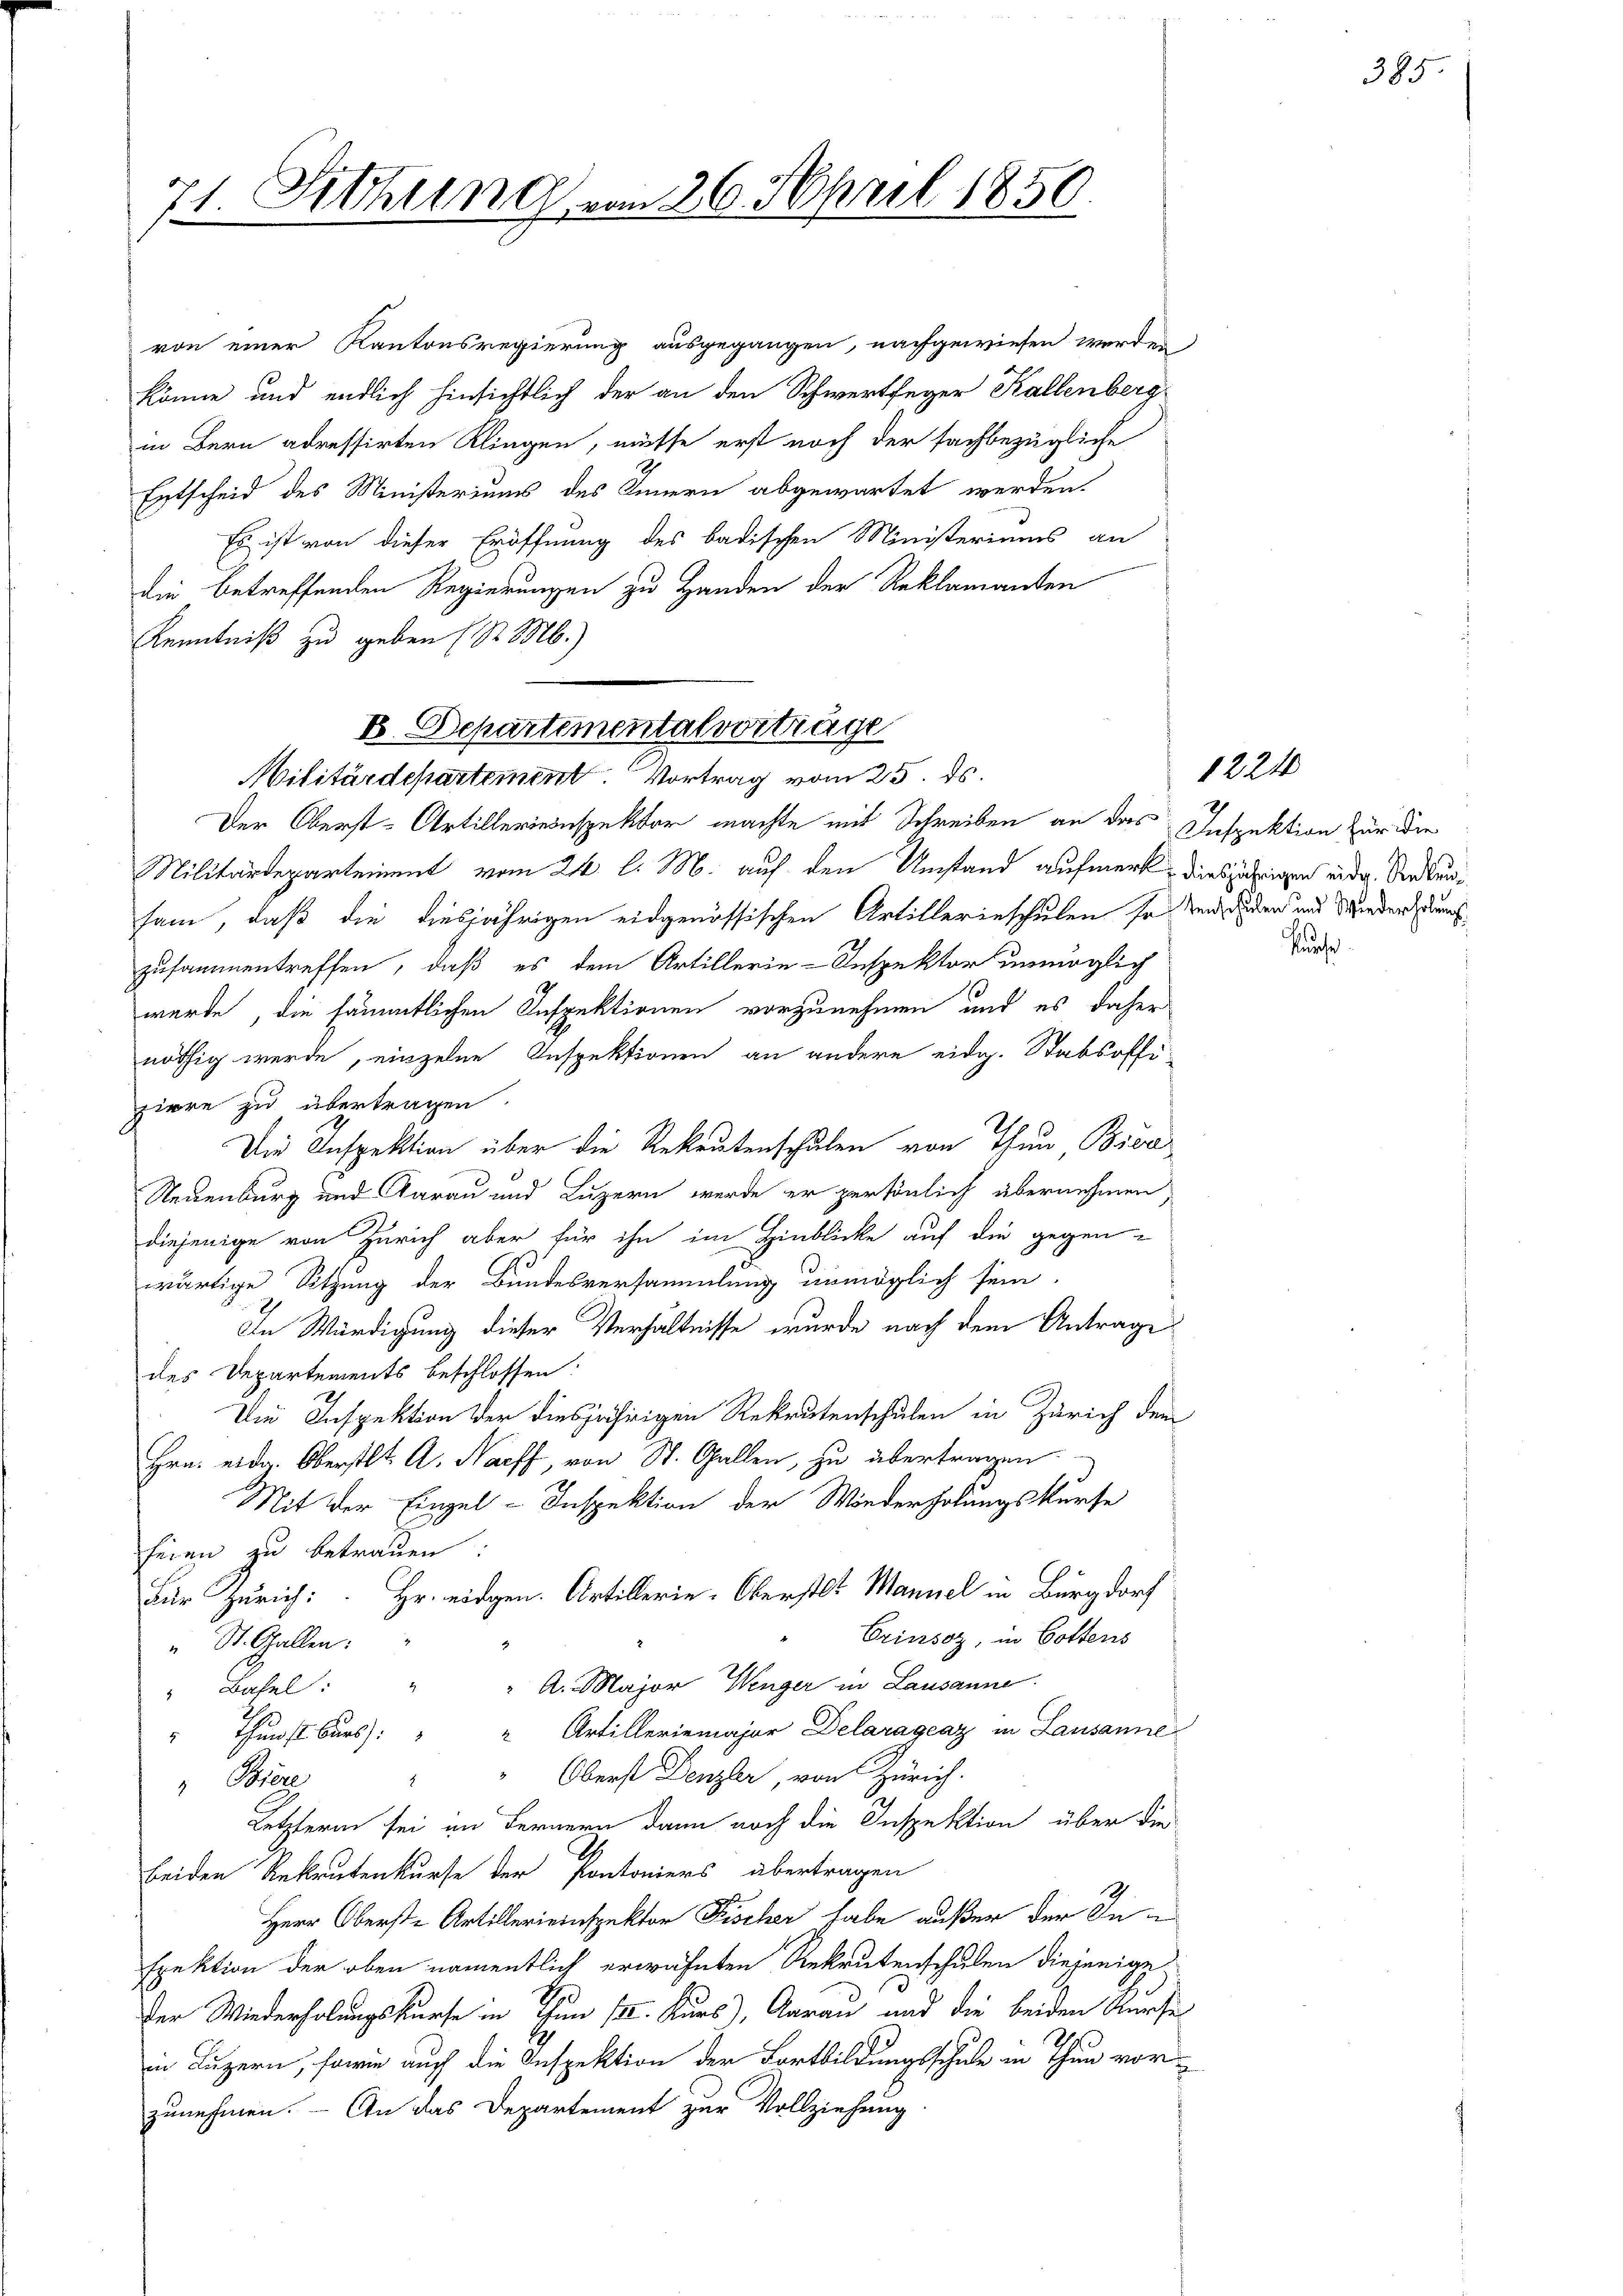
71. Sitzung vom 26. April 1850.

von einer Kantonsregierung ausgegangen, nachgewiesen werden
könne und endlich hinsichtlich der an den Schwertfeger Kallenberg
in Bern adressirten Klingen, müsse erst noch der fachbezügliche
Entscheid des Ministeriums des Innern abgewartet werden.
Es ist von dieser Eröffnung des badischen Ministeriums an
din betreffenden Regierungen zu Handen der Reklamanten
Kenntniß zu geben (S. M.)
Der Oberst-Artillerieinspektor machte mit Schreiben an das Inspektion für die
Militärdepartement vom 21. l. M. auf den Umstand aufmerk diesjährigen eid. Sekunsam, daß die diesjährigen eidgenössischen Artillerieschulen so und Seiden und Wieder denszusammentreffen, daß es dem Artillerie-Inspektor unmöglich
wurde, die sämmtlichen Inspektionen vorzunehmen und es daher
nöthig werde, einzelne Inspektionen an andere eidg. Stabsoffi-
piere zu übertragen.
Die Inspektion über die Rekrutenschulen von Thun, Broc
Neuenburg und darau und Luzern werde er persönlich übernehmen
diejenige von Zürich aber für ihn im Hinblicke auf die gegen-
wärtige Sitzung der Bundesversammlung unmöglich sein
In Würdigung dieser Verhältnisse wurde nach dem Antrage
des Departements beschlossen.
Die Inspektion der diesjährigen Rekrutenschulen in Zürich dem
Hra. eidg. Oberstl. A. Naeff, von St. Gallen, zu übertragen
Mit der Einzel-Inspektion der Wiederholungskurse
feien zu betrauen
Für Zürich: Hr. eidgen. Artillerie-Oberstet. Mannel in Burgdorf
Crinsoz, in Gottens
" St. Gallen:
 A. Major Wenger in Lausanne
Basel: "
7.
" Thunst Burs: " " Artilleriemajor Delaragraz in Lausanne
" Oberst Denzler, von Zürich.
.
Bier
Letzteren sei im Fernern dann noch die Inspektion über die
beiden Rekrutenkurse der Pontoniers übertragen
1
Herr Oberste Artillerieinspektor Fischer habe außer der Inspektion der ober namentlich erwähnten Rekrutenschulen diejenige
Der Wiederholungskurse in Thun III. Kurs), Aarau und die beiden Kurses
in Luzern, sowie auch die Inspektion der Fortbildungsschule in Thun vor-
zunehmen. – An das Departement zur Vollziehung

E. Departimentalvorträge
Militärdepartement Vortrag vom 25. ds.

385.

1224

Puche